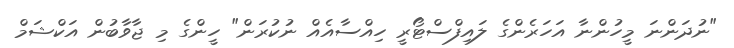
"ނުދަންނަ މީހުންނާ އަހަރެންގެ ލައިފްސްޓޯރީ ހިއްސާއެއް ނުކުރަން" ހީންގެ މި ޖާވާބުން އަކްޝަމް